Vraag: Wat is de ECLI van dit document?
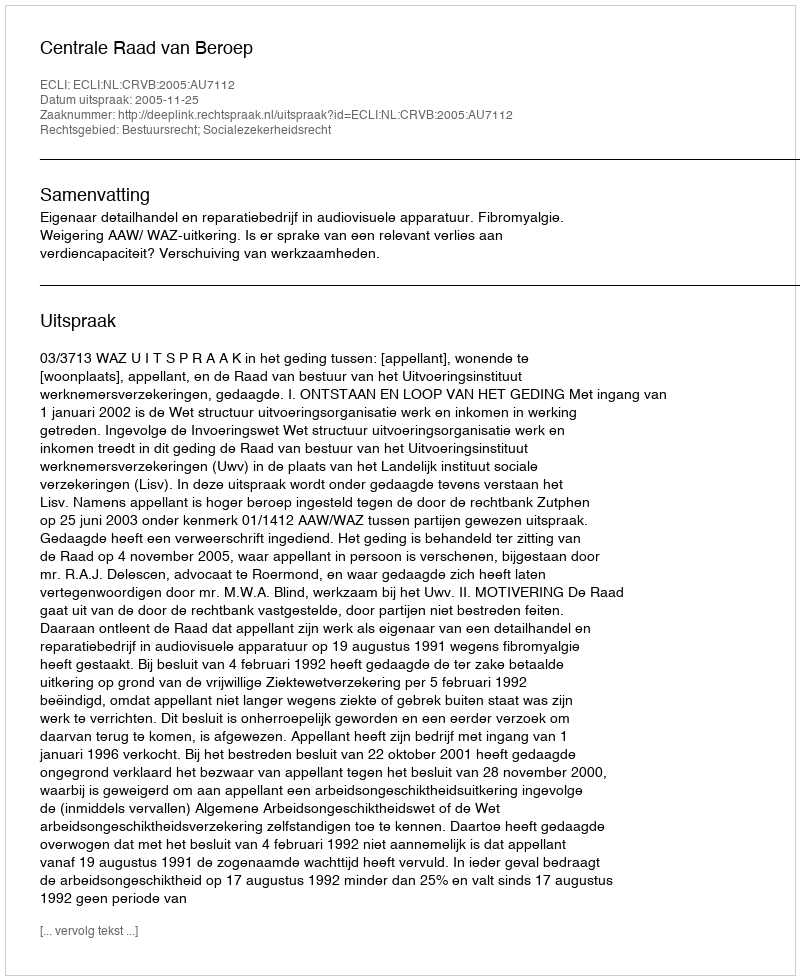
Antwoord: ECLI:NL:CRVB:2005:AU7112